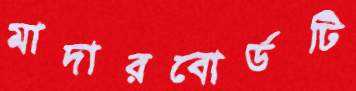
মাদারবোর্ডটি